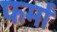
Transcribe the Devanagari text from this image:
फर्मां